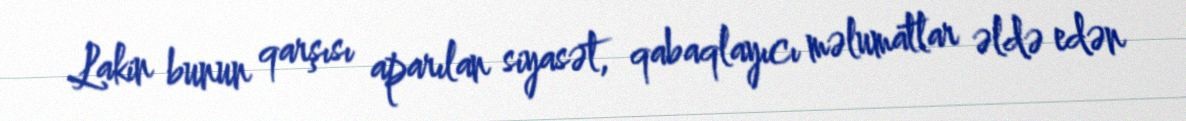
Lakin bunun qarşısı aparılan siyasət, qabaqlayıcı məlumatlar əldə edən